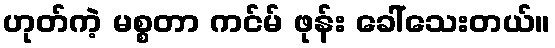
ဟုတ်ကဲ့ မစ္စတာ ကင်မ် ဖုန်း ခေါ်သေးတယ်။